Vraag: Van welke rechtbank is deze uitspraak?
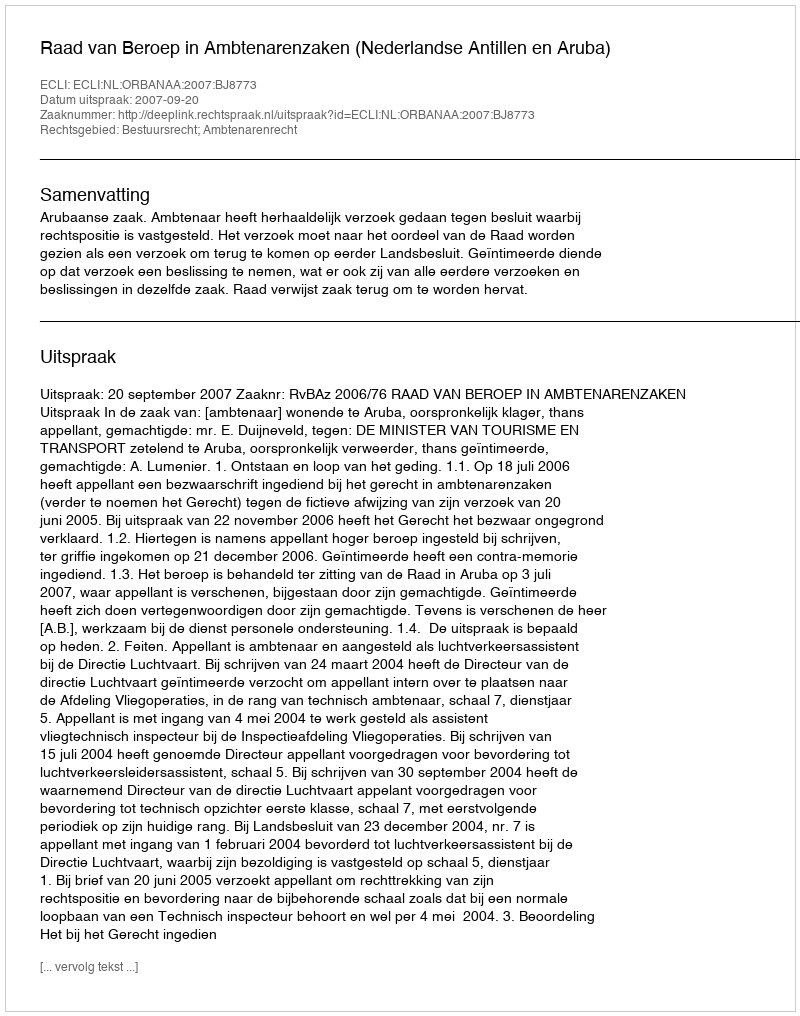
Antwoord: Raad van Beroep in Ambtenarenzaken (Nederlandse Antillen en Aruba)